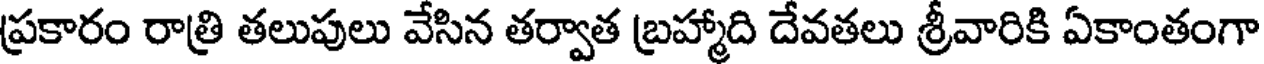
ప్రకారం రాత్రి తలుపులు వేసిన తర్వాత బ్రహ్మాది దేవతలు శ్రీవారికి ఏకాంతంగా